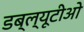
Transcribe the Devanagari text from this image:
डब्‍ल्यूटीओ